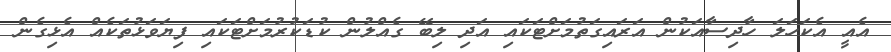
އެއީ އެކަހަލަ ހާދިސާއަކުން އަރައިގަތުމަށްޓަކައި އަދި ލިބޭ ގެއްލުން ކުޑަކުރުމަށްޓަކައި ފިޔަވަޅުތަކެއް އެޅިގެން